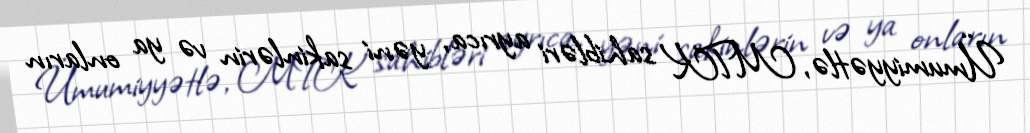
Ümumiyyətlə, MTK sahibləri ayrıca, yəni sakinlərin və ya onların